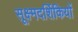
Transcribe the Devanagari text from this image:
सूक्ष्मदर्शिकियों